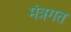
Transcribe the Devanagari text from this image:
मंत्रगत